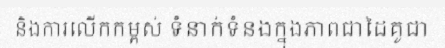
និងការលើកកម្ពស់ ទំនាក់ទំនងក្នុងភាពជាដៃគូជា